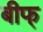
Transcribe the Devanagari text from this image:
बीफ्